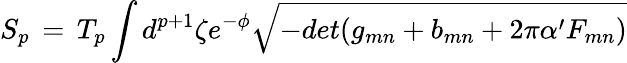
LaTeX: S_{p}\, =\, T_{p}\int d^{p+1}\zeta e^{-\phi}\sqrt{-det(g_{mn}+b_{mn}+2\pi\alpha^{\prime}F_{mn})}